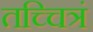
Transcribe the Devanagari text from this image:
तच्चित्रं